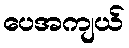
ပေအကျယ်